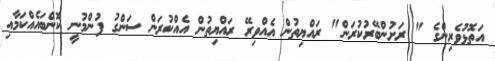
އަތޮޅުވެރިންގެ " ރަށުންބޭރުކުރަން" ރައްޔިތުން އެއްވިރޭ ރައްޔިތުން އެއްކުރަން ސަންގު ފުންމުނީ ކޮންބައެއްކަމާއި